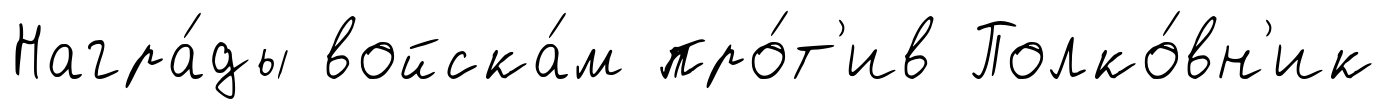
Награ́ды войска́м про́т'ив Полко́вн'ик